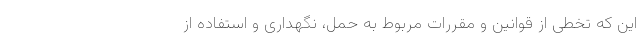
این ‌که تخطی از قوانین و مقررات مربوط به حمل، نگهداری و استفاده از